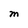
Character: M